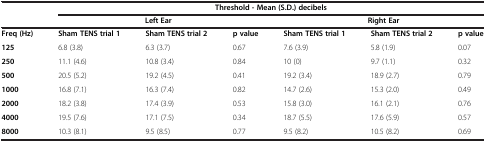
| <ROWSPAN=2>  | <COLSPAN=6> Threshold - Mean (S.D.) decibels |
 | <COLSPAN=3> Left Ear | <COLSPAN=3> Right Ear |
 | --- | --- | --- | --- | --- | --- | --- |
 | Freq (Hz) | Sham TENS trial 1 | Sham TENS trial 2 | p value | Sham TENS trial 1 | Sham TENS trial 2 | p value |
 | 125 | 6.8 (3.8) | 6.3 (3.7) | 0.67 | 7.6 (3.9) | 5.8 (1.9) | 0.07 |
 | 250 | 11.1 (4.6) | 10.8 (3.4) | 0.84 | 10 (0) | 9.7 (1.1) | 0.32 |
 | 500 | 20.5 (5.2) | 19.2 (4.5) | 0.41 | 19.2 (3.4) | 18.9 (2.7) | 0.79 |
 | 1000 | 16.8 (7.1) | 16.3 (7.4) | 0.82 | 14.7 (2.6) | 15.3 (2.0) | 0.49 |
 | 2000 | 18.2 (3.8) | 17.4 (3.9) | 0.53 | 15.8 (3.0) | 16.1 (2.1) | 0.76 |
 | 4000 | 19.5 (7.6) | 17.1 (7.5) | 0.34 | 18.7 (5.5) | 17.6 (5.9) | 0.57 |
 | 8000 | 10.3 (8.1) | 9.5 (8.5) | 0.77 | 9.5 (8.2) | 10.5 (8.2) | 0.69 |